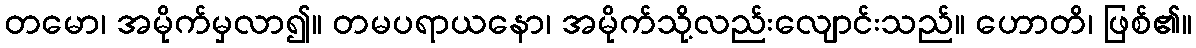
တမော၊ အမိုက်မှလာ၍။ တမပရာယနော၊ အမိုက်သို့လည်းလျောင်းသည်။ ဟောတိ၊ ဖြစ်၏။